Vaccination North-Western Provinces and Oudh 1896-1901 - 1896-1901
Year: 1896
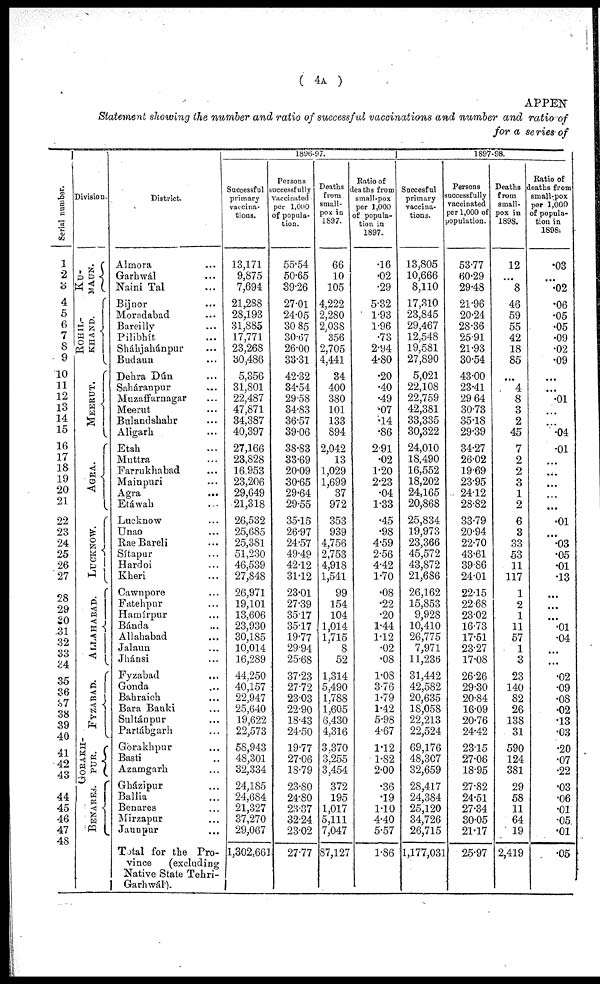
( 4A )
APPEN
Statement showing the number and ratio of successful vaccinations and number and ratio of
for a series of
Serial number.
1
2
3
4
5
6
7
8
9
10
11
12
13
14
15
16
17
18
19
20
21
22
23
24
25
26
27
28
29
30
31
32
33
34
35
36
37
38
39
40
41
42
43
44
45
46
47
48
Division.
KU¬
MAUN.
ROHIL¬
KHAND.
MEERUT.
AGRA.
LUCKNOW.
ALLAHABAD.
FYZABAD.
GORAKH¬
PUR.
BENARES.
District.
Almora ...
Garhwál ...
Naini Tal ...
Bijnor ...
Moradabad ...
Bareilly ...
Pilibhít ...
Sháhjahánpur ...
Budaun ...
Dehra Dún ...
Saháranpur ...
Muzaffarnagar ...
Meerut ...
Bulandshahr ...
Aligarh ...
Etah ...
Muttra ...
Farrukhabad ...
Mainpuri ...
Agra ...
Etáwah ...
Lucknow ...
Unao ...
Rae Bareli ...
Sítapur ...
Hardoi ...
Kheri ...
Cawnpore ...
Fatehpur ...
Hamírpur ...
Bánda ...
Allahabad ...
Jalaun ...
Jhánsi ...
Fyzabad ...
Gonda ...
Bahraich ...
Bara Banki ...
Sultánpur ...
Partábgarh ...
Gorakhpur ...
Basti ...
Azamgarh ...
Gházipur ...
Ballia ...
Benares ...
Mirzapur ...
Jaunpur ...
Total for the Pro-
vince
(excluding
Native State Tehri-
Garhwál).
1896-97.
Successful
primary
vaccina-
tions.
13,171
9,875
7,694
21,288
28,193
31,885
17,771
23,268
30,486
5,356
31,801
22,487
47,871
34,387
40,397
27,166
23,828
16,953
23,206
29,649
21,318
26,532
25,685
25,381
51,230
46,539
27,848
26,971
19,101
13,606
23,930
30,185
10,014
16,289
44,250
40,157
22,947
25,640
19,622
22,573
58,943
48,301
32,334
24,185
24,684
21,327
37,270
29,067
1,302,661
Persons
successfully
vaccinated
per 1,000
of popula-
tion.
55.54
50.65
39.26
27.01
24.05
30.85
30.67
26.00
33.31
42.32
34.54
29.58
34.83
36.57
39.06
38.83
33.69
20.09
30.65
29.64
29.55
35.15
26.97
24.57
49.49
42.12
31.12
23.01
27.39
35.17
35.17
19.77
29.94
25.68
37.23
27.72
23.03
22.90
18.43
24.50
19.77
27.06
18.79
23.80
24.80
23.37
32.24
23.02
27.77
Deaths
from
small-
pox in
1897.
66
10
105
4,222
2,280
2,038
356
2,705
4,441
34
400
380
101
133
894
2,042
13
1,029
1,699
37
972
353
939
4,756
2,753
4,918
1,541
99
154
104
1,014
1,715
8
52
1,314
5,490
1,788
1,605
6,430
4,316
3,370
3,255
3,454
372
195
1,017
5,111
7,047
87,127
Ratio of
deaths from
small-pox
per 1,000
of popula-
tion in
1897.
.16
.02
.29
5.32
1.93
1.96
.73
2.94
4.80
.20
.40
.49
.07
.14
.86
2.91
.02
1.20
2.23
.04
1.33
.45
.98
4.59
2.56
4.42
1.70
.08
.22
.20
1.44
1.12
.02
.08
1.08
3.76
1.79
1.42
5.98
4.67
1.12
1.82
2.00
.36
.19
1.10
4.40
5.57
1.86
1897-98.
Succesful
primary
vaccina-
tions.
13,805
10,666
8,110
17,310
23,845
29,467
12,548
19,581
27,890
5,021
22,108
22,759
42,381
33,335
30,322
24,010
18,490
16,552
18,202
24,165
20,868
25,834
19,973
23,366
45,572
43,872
21,686
26,162
15,853
9,928
10,410
26,775
7,971
11,236
31,442
42,582
20,635
18,058
22,213
22,524
69,176
48,307
32,659
28,417
24,384
25,120
34,726
26,715
1,177,031
Persons
successfully
vaccinated
per 1,000 of
population.
53.77
60.29
29.48
21.96
20.24
28.36
25.91
21.93
30.54
43.00
23.41
29.64
30.73
35.18
29.39
34.27
26.02
19.69
23.95
24.12
28.82
33.79
20.94
22.70
43.61
39.86
24.01
22.15
22.68
23.02
16.73
17.51
23.27
17.08
26.26
29.30
20.84
16.09
20.76
24.42
23.15
27.06
18.95
27.82
24.51
27.34
30.05
21.17
25.97
Deaths
from
small-
pox in
1898.
12
...
8
46
59
55
42
18
85
...
4
8
3
2
45
7
2
2
3
1
2
6
3
33
53
11
117
1
2
1
11
57
1
3
23
140
82
26
138
31
590
124
381
29
58
11
64
19
2,419
Ratio of
deaths from
small-pox
per 1,000
of popula-
tion in
1898.
.03
...
.02
.06
.05
.05
.09
.02
.09
...
...
.01
...
...
.04
.01
...
...
...
...
...
.01
...
.03
.05
.01
.13
...
...
...
.01
.04
...
...
.02
.09
.08
.02
.13
.03
.20
.07
.22
.03
.06
.01
.05
.01
.05